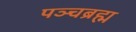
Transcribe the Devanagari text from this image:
पञ्चब्रह्म